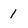
Character: 1